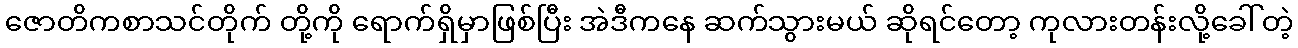
ဇောတိကစာသင်တိုက် တို့ကို ရောက်ရှိမှာဖြစ်ပြီး အဲဒီကနေ ဆက်သွားမယ် ဆိုရင်တော့ ကုလားတန်းလို့ခေါ်တဲ့